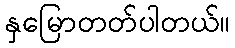
နှမြောတတ်ပါတယ်။